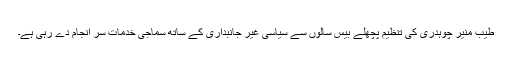
طیب منیر چوہدری کی تنظیم پچھلے بیس سالوں سے سیاسی غیر جانبداری کے ساتھ سماجی خدمات سر انجام دے رہی ہے۔